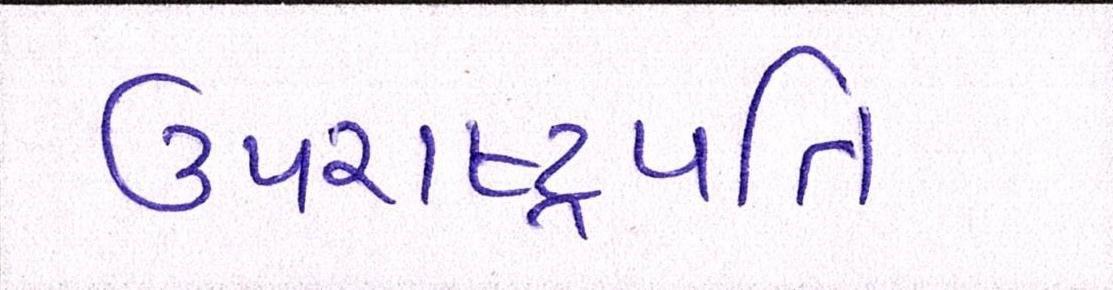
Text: ઉપરાષ્ટ્રપતિ